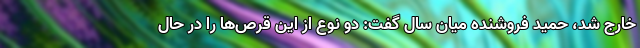
خارج شد، حمید فروشنده میان سال گفت: دو نوع از این قرص‌ها را در حال